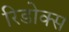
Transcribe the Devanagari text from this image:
रिडोक्स